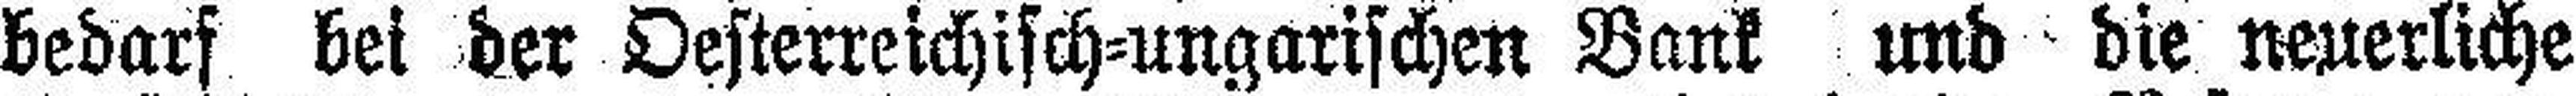
bedarf bei der Oesterreichisch=ungarischen Bank und die neuerliche